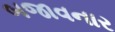
બજાવનાર